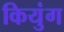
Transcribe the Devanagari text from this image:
कियुंग